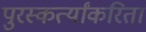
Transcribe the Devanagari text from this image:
पुरस्कर्त्यांकरिता